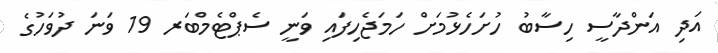
އަދި އަންދާސީ ހިސާބު ހުށަހެޅުމަށް ހަމަޖެހިފައި ވަނީ ސެޕްޓެމްބަރ 19 ވަނަ ދުވަހުގެ